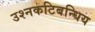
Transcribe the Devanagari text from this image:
उश्नकटिबन्धिय